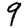
Digit: 9